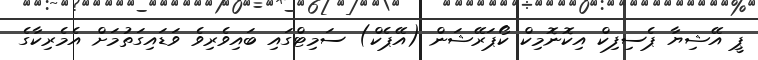
ޕީ އޭޝިޔާ ޕެސިފިކް އިކޮނޮމިކް ކޯޕަރޭޝަން (އޭޕެކް) ސަމިޓްގައި ބައިވެރިވެ ވަޑައިގަތުމަށް އެމެރިކާގެ